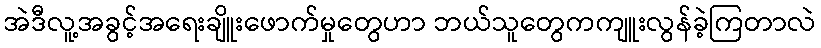
အဲဒီလူ့အခွင့်အရေးချိူးဖောက်မှုတွေဟာ ဘယ်သူတွေကကျူးလွန်ခဲ့ကြတာလဲ